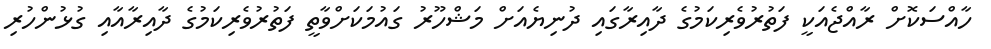
ހާއްސަކޮށް ރާއްޖެއަކީ ފަތުރުވެރިކަމުގެ ދާއިރާގައި ދުނިޔެއަށް މަޝްހޫރު ގައުމަކަށްވާތީ ފަތުރުވެރިކަމުގެ ދާއިރާއާއި ގުޅުންހުރި